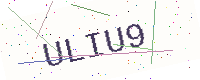
Text: ULIU9